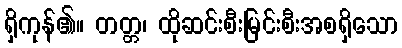
ရှိကုန်၏။ တတ္တ၊ ထိုဆင်းစီးမြင်းစီးအစရှိသော